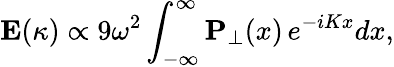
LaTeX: \mathbf{E}(\kappa)\propto 9\omega^{2}\int_{-\infty}^{\infty}\mathbf{P}_{\perp}(x)\, e^{-iKx}dx,